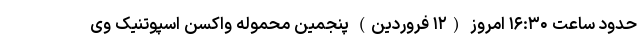
حدود ساعت ۱۶:۳۰ امروز (۱۲ فروردین) پنجمین محموله واکسن اسپوتنیک وی